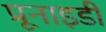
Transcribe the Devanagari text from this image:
प्रूनाइडी